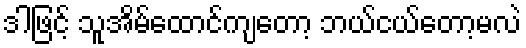
ဒါဖြင့် သူအိမ်ထောင်ကျတော့ ဘယ်ငယ်တော့မလဲ